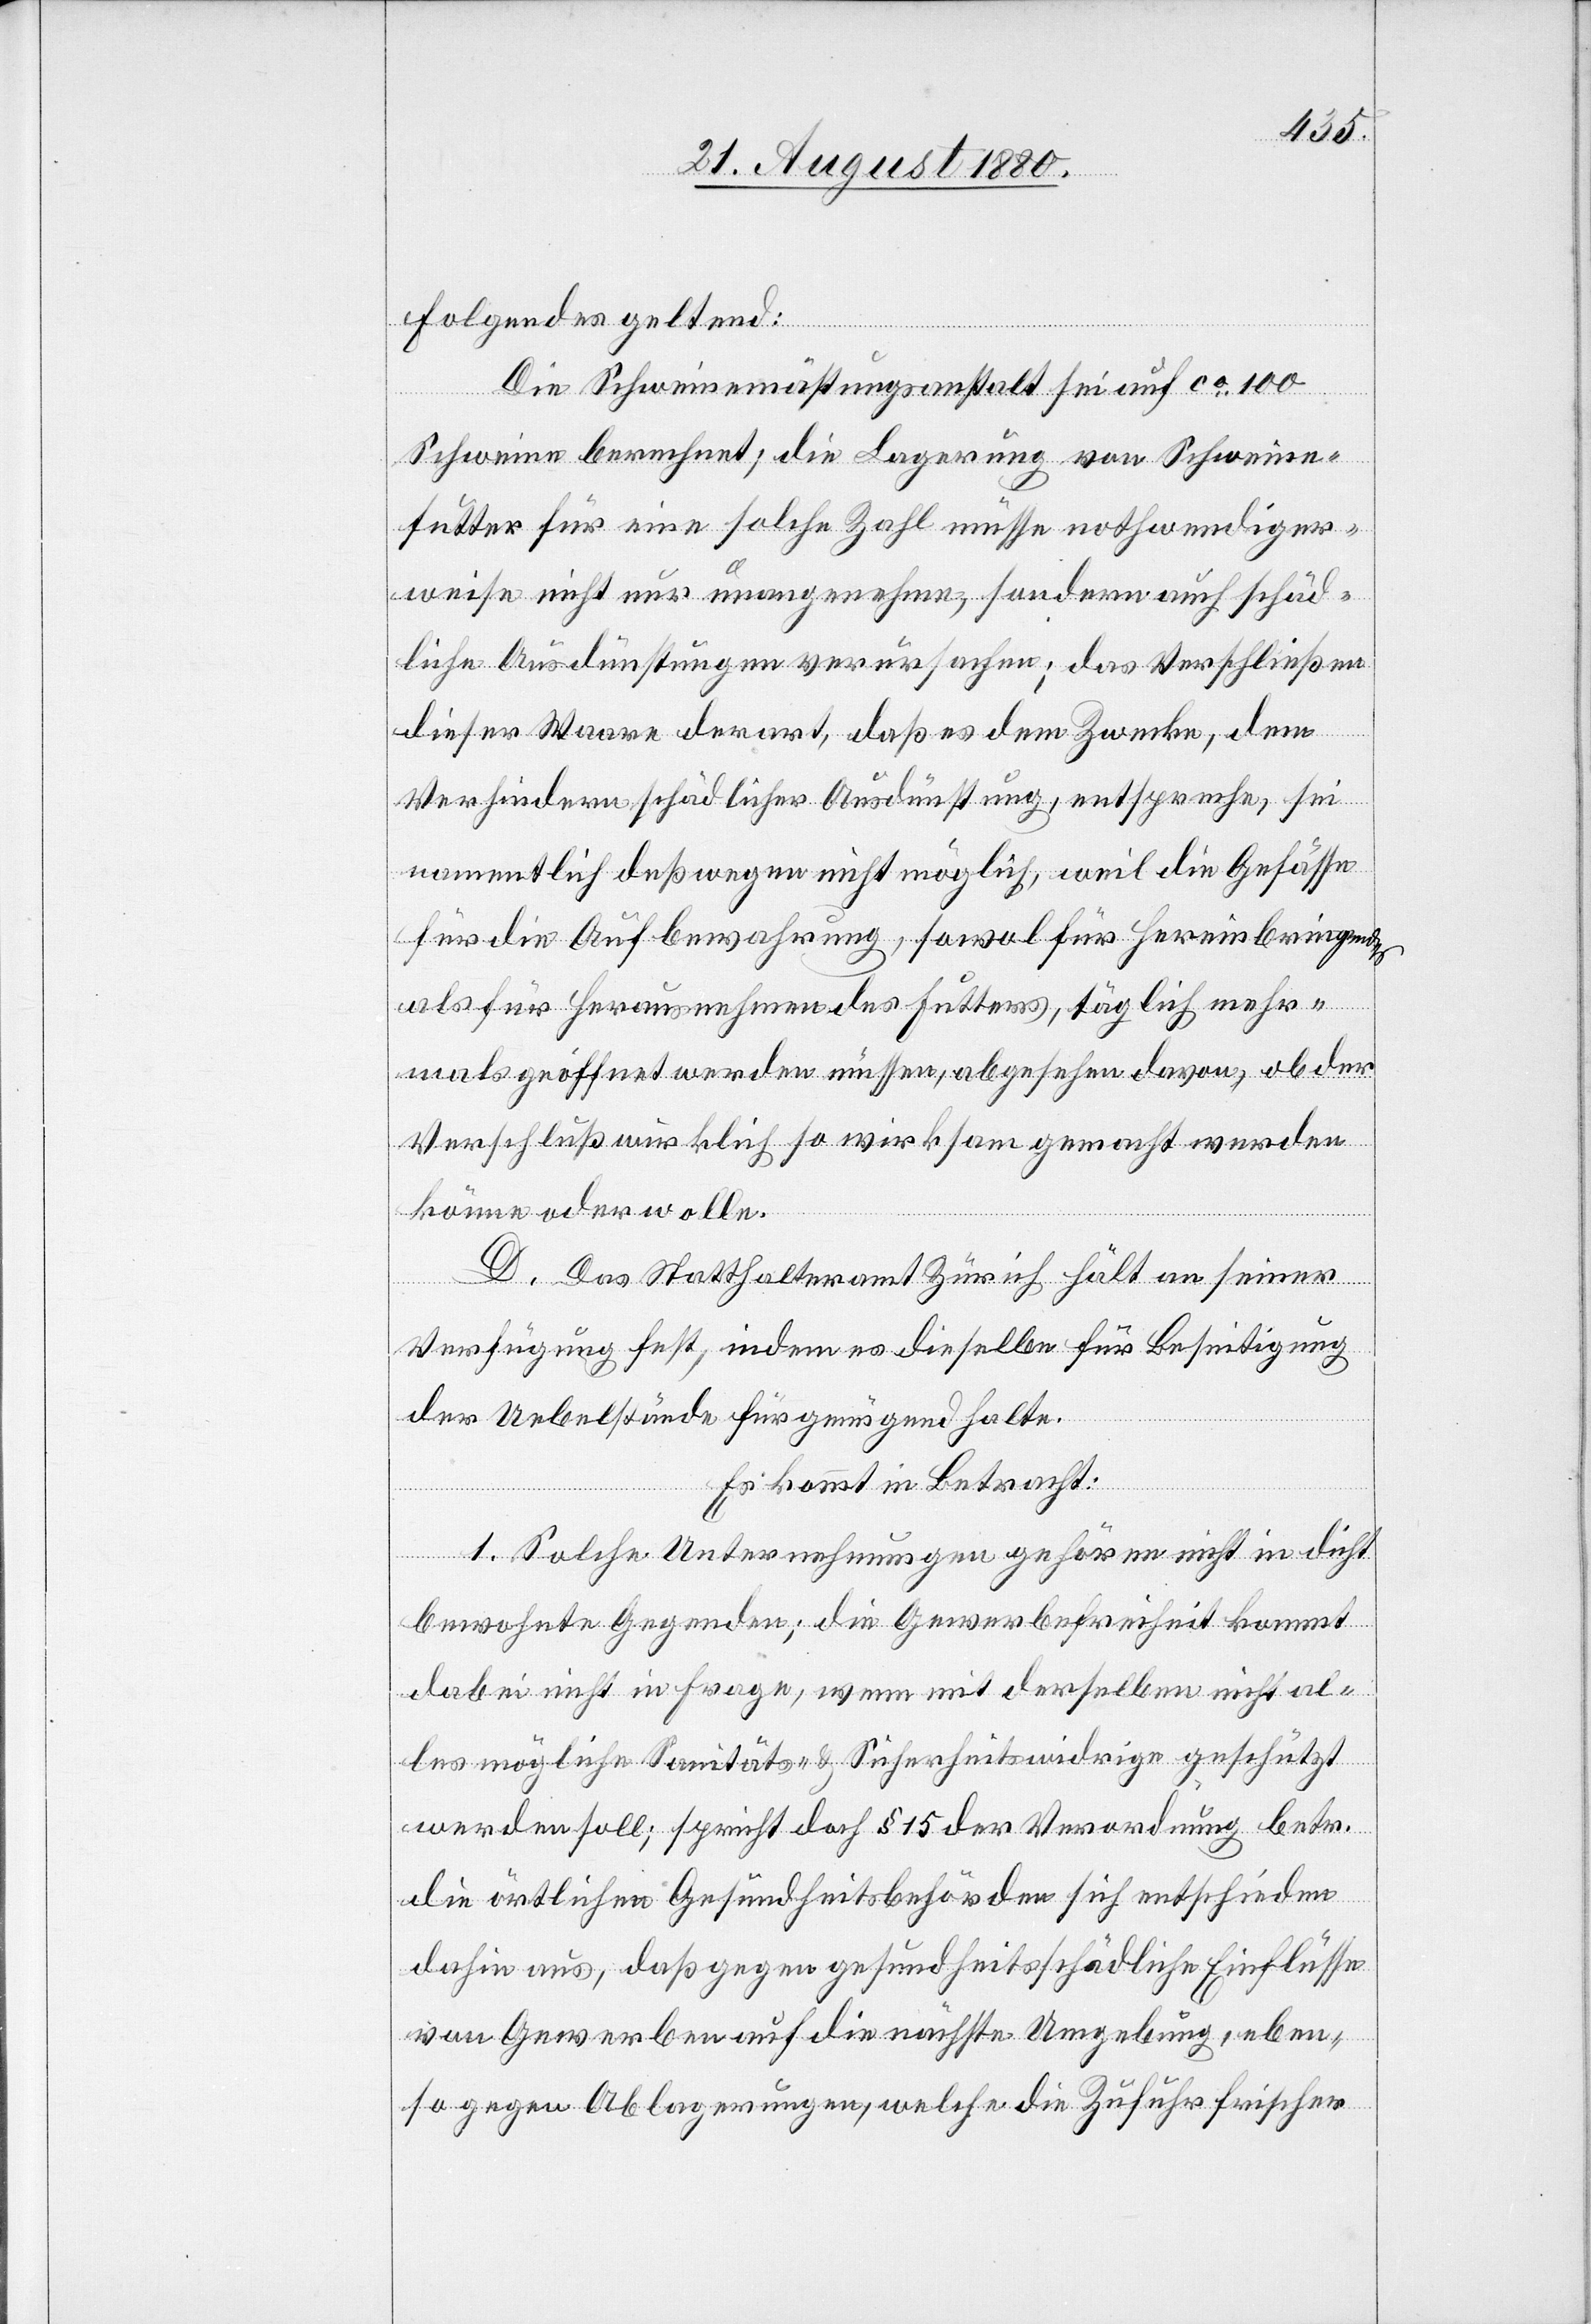
folgendes geltend:
Die Schweinemästungsanstalt sei auf ca 100
Schweine berechnet, die Lagerung von Schweine¬
futter für eine solche Zahl müsse nothwendiger¬
weise nicht nur unangenehm, sondern auch schäd¬
liche Ausdünstungen verursachen; das Verschließen
dieser Waare derart, daß es dem Zwecke, dem
Verhindern schädlicher Ausdünstung, entspreche, sei
nammentlich deßwegen nicht möglich, weil die Gefässe
für die Aufbewahrung, sowol für hereinbringen
als für herausnehmen des Futters, täglich mehr¬
mals geöffnet werden müssen, abgesehen davon, ob der
Verschluß wirklich so wirksam gemacht werden
könne oder wolle.
D. Das Statthalteramt Zürich hält an seiner
Verfügung fest, indem es dieselben für Beseitigung
der Uebelstände für genügend halte.
Es kommt in Betracht:
1. Solche Unternehmungen gehören nicht in dicht
bewohnte Gegenden; die Gewerbefreiheit kommt
dabei nicht in Frage, wenn mit derselben nicht al¬
les mögliche Sanitäts- & Sicherheitswidrige geschützt
werden soll; spricht doch § 15 der Verordnung betr.
die örtlichen Gesundheitsbehörden sich entschieden
dahin aus, daß gegen gesundheitsschädliche Einflüsse
von Gewerben auf die nächste Umgebung, eben¬
so gegen Ablagerung, welche die Zufuhr frischer